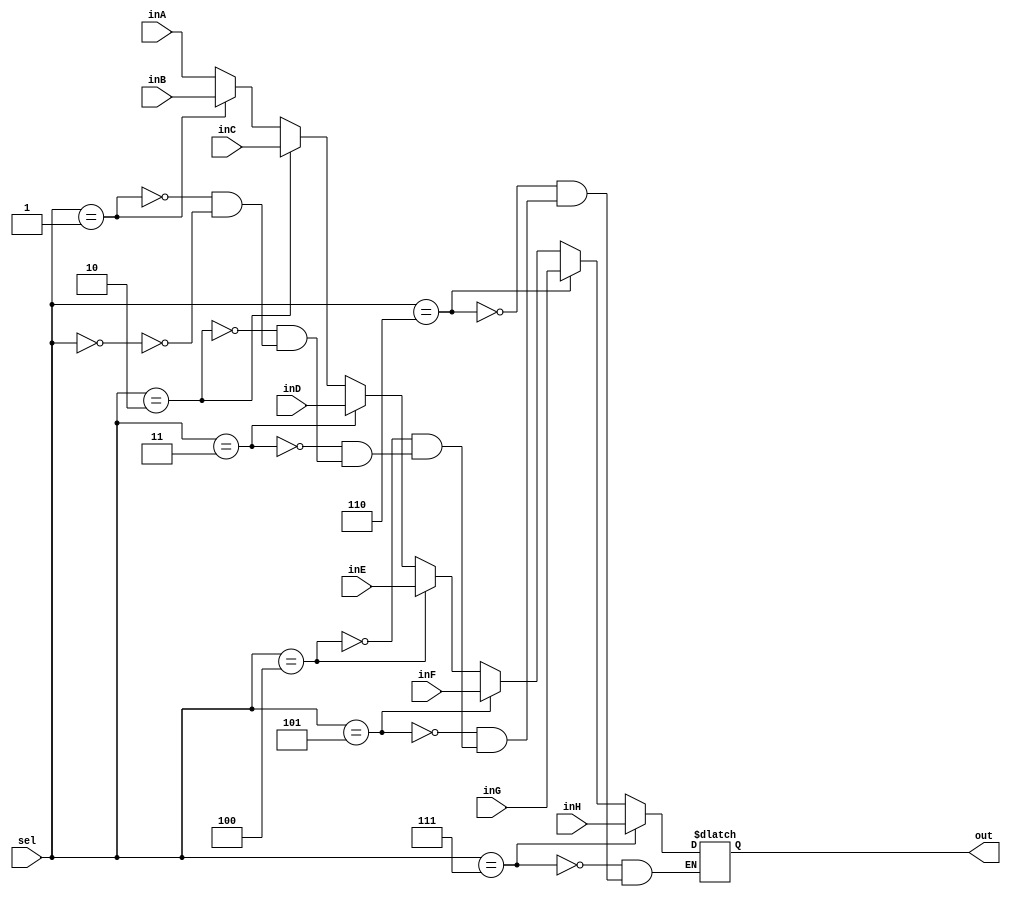
`timescale 1ns / 1ps
//////////////////////////////////////////////////////////////////////////////////
// Company: 
// Engineer: 
// 
// Design Name: 
// Module Name: Mux32Bit8To1
//////////////////////////////////////////////////////////////////////////////////


module Mux32Bit8To1(out, inA, inB, inC, inD,
            inE, inF, inG, inH, sel);

    input [31:0] inA, inB, inC, inD,
            inE, inF, inG, inH;
    input [2:0] sel;
    
    output reg [31:0] out;
    
    always @ (inA, inB, inC, inD, inE, inF, inG, inH, sel)
    begin
        //case(sel)
            if(sel == 3'b000)  out <= inA;
            if(sel == 3'b001) out <= inB;
            if(sel == 3'b010) out <= inC;
            if(sel == 3'b011) out <= inD;
            if(sel == 3'b100) out <= inE;
            if(sel == 3'b101) out <= inF;
            if(sel == 3'b110) out <= inG;
            if(sel == 3'b111) out <= inH;
        //endcase
    end
endmodule